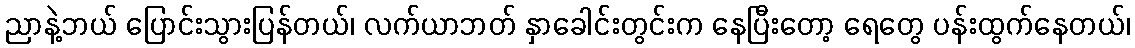
ညာနဲ့ဘယ် ပြောင်းသွားပြန်တယ်၊ လက်ယာဘတ် နှာခေါင်းတွင်းက နေပြီးတော့ ရေတွေ ပန်းထွက်နေတယ်၊